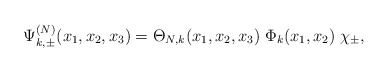
\begin{align*} \Psi_{k,\pm}^{(N)}(x_1,x_2,x_3)=\Theta_{N,k}(x_1,x_2,x_3)\;\Phi_{k}(x_1,x_2)\;\chi_{\pm},\end{align*}